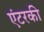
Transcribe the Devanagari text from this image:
एंटरकी